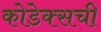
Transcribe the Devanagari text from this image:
कोडेक्सची